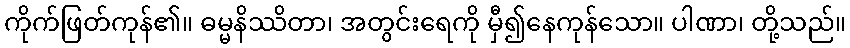
ကိုက်ဖြတ်ကုန်၏။ ဓမ္မနိဿိတာ၊ အတွင်းရေကို မှီ၍နေကုန်သော။ ပါဏာ၊ တို့သည်။